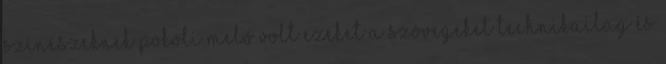
színészeknek pokoli meló volt ezeket a szövegeket technikailag és